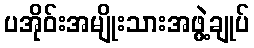
ပအိုဝ်းအမျိုးသားအဖွဲ့ချုပ်